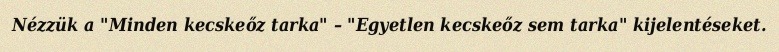
Nézzük a "Minden kecskeőz tarka" – "Egyetlen kecskeőz sem tarka" kijelentéseket.